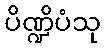
ပိဏ္ဍိပံသု